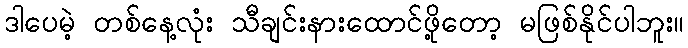
ဒါပေမဲ့ တစ်နေ့လုံး သီချင်းနားထောင်ဖို့တော့ မဖြစ်နိုင်ပါဘူး။